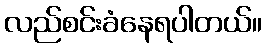
လည်စင်းခံနေရပါတယ်။